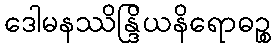
ဒေါမနဿိန္ဒြိယနိရောဓဉ္စ